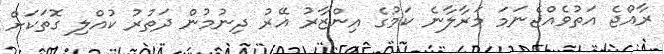
ރާއްޖެ އަތުވެއްޖެނަމަ މަރާލާނެ ކަމުގެ އިންޒާރު އޭރު ދިނުމުން ދަތުރު ކުއްލި ގޮތަކަށް